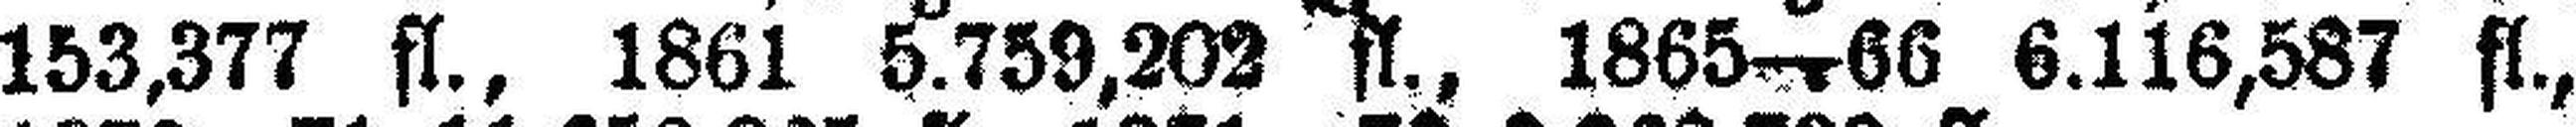
153,377 fl., 1861 5.759,202 fl., 1865—66 6.116,587 fl.,